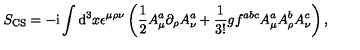
S _ { \mathrm { C S } } = - \mathrm { i } \int \mathrm { d } ^ { 3 } x \epsilon ^ { \mu \rho \nu } \left( \frac { 1 } { 2 } A _ { \mu } ^ { a } \partial _ { \rho } A _ { \nu } ^ { a } + \frac { 1 } { 3 ! } g f ^ { a b c } A _ { \mu } ^ { a } A _ { \rho } ^ { b } A _ { \nu } ^ { c } \right) ,